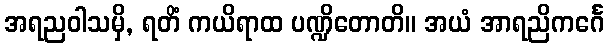
အရညဝါသမှိ, ရတိံ ကယိရာထ ပဏ္ဍိတောတိ။ အယံ အာရညိကင်္ဂေ